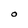
Character: O